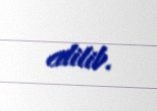
edilib.